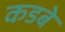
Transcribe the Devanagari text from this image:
कडबे